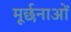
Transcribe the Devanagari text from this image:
मूर्छनाओं